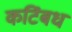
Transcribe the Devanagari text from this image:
कटिंबध